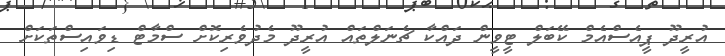
އުރީދޫ ޕީއެސްއެމް ކޭބަލް ޓީވީން ދައްކާ ޗެނަލްތައް އުރީދޫ މެދުވެރިކޮށް ސްމާޓް ޑިވައިސްތަކަށް